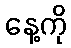
နေ့ကို